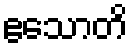
ဧသောတိ